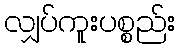
လျှပ်ကူးပစ္စည်း